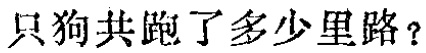
只狗共跑了多少里路？